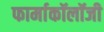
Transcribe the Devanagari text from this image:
फार्माकॉलॉजी